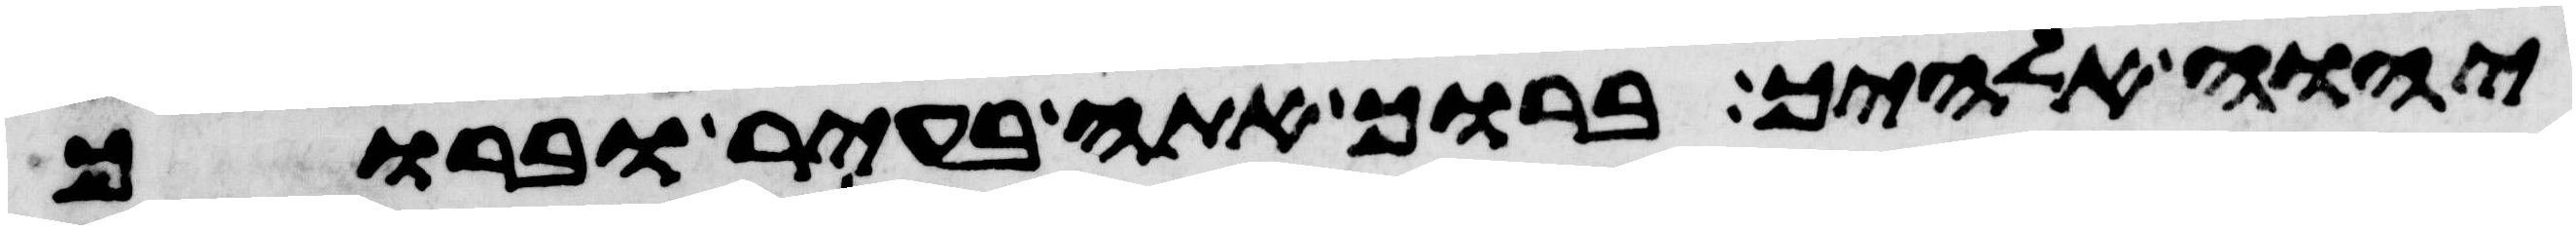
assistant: יהוה אלהיך ברוך אתה בעיר וברוך